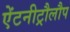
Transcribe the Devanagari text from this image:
ऐंटनीट्रौलौप